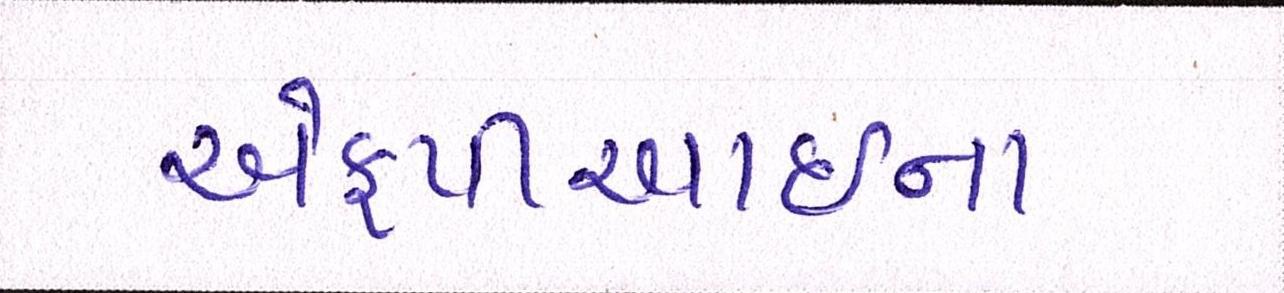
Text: એફપીઆઇના